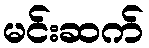
မင်းဆက်